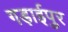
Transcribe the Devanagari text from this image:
गड़ाईपुर